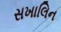
સખાલિન